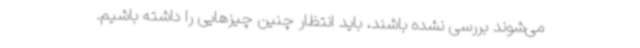
می‌شوند بررسی نشده باشند، باید انتظار چنین چیزهایی را داشته باشیم.